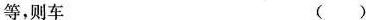
等，则车 ()